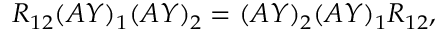
R _ { 1 2 } ( A Y ) _ { 1 } ( A Y ) _ { 2 } = ( A Y ) _ { 2 } ( A Y ) _ { 1 } R _ { 1 2 } ,